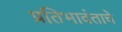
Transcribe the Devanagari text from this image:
प्रतिभावंताचे